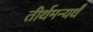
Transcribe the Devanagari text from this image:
तीर्थमन्यर्थं